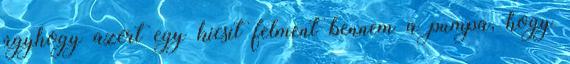
úgyhogy azért egy kicsit felment bennem a pumpa, hogy